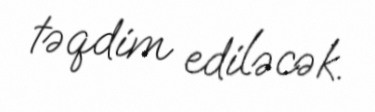
təqdim ediləcək.